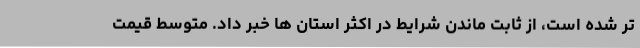
تر شده است، از ثابت ماندن شرایط در اکثر استان ها خبر داد. متوسط قیمت